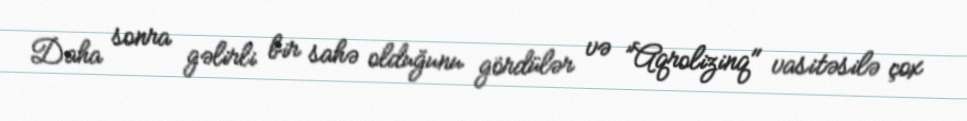
Daha sonra gəlirli bir sahə olduğunu gördülər və ”Aqrolizinq" vasitəsilə çox